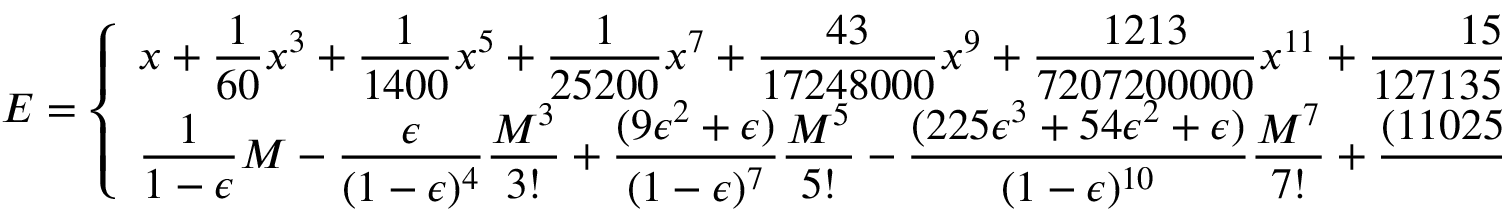
E = { \left\{ \begin{array} { l l } { \displaystyle x + { \frac { 1 } { 6 0 } } x ^ { 3 } + { \frac { 1 } { 1 4 0 0 } } x ^ { 5 } + { \frac { 1 } { 2 5 2 0 0 } } x ^ { 7 } + { \frac { 4 3 } { 1 7 2 4 8 0 0 0 } } x ^ { 9 } + { \frac { 1 2 1 3 } { 7 2 0 7 2 0 0 0 0 0 } } x ^ { 1 1 } + { \frac { 1 5 1 4 3 9 } { 1 2 7 1 3 5 0 0 8 0 0 0 0 0 } } x ^ { 1 3 } \cdots \ | \ x = ( 6 M ) ^ { \frac { 1 } { 3 } } , } & { \epsilon = 1 } \\ { \displaystyle { \frac { 1 } { 1 - \epsilon } } M - { \frac { \epsilon } { ( 1 - \epsilon ) ^ { 4 } } } { \frac { M ^ { 3 } } { 3 ! } } + { \frac { ( 9 \epsilon ^ { 2 } + \epsilon ) } { ( 1 - \epsilon ) ^ { 7 } } } { \frac { M ^ { 5 } } { 5 ! } } - { \frac { ( 2 2 5 \epsilon ^ { 3 } + 5 4 \epsilon ^ { 2 } + \epsilon ) } { ( 1 - \epsilon ) ^ { 1 0 } } } { \frac { M ^ { 7 } } { 7 ! } } + { \frac { ( 1 1 0 2 5 \epsilon ^ { 4 } + 4 1 3 1 \epsilon ^ { 3 } + 2 4 3 \epsilon ^ { 2 } + \epsilon ) } { ( 1 - \epsilon ) ^ { 1 3 } } } { \frac { M ^ { 9 } } { 9 ! } } \cdots , } & { \epsilon \neq 1 } \end{array} \right. }